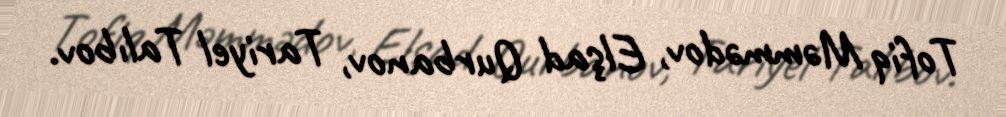
Tofiq Məmmədov, Elşad Qurbanov, Tariyel Talıbov.